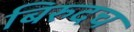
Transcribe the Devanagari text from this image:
बिरुदच